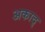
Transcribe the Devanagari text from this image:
अकाद्